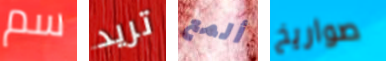
سم تريد ألمع صواريخ